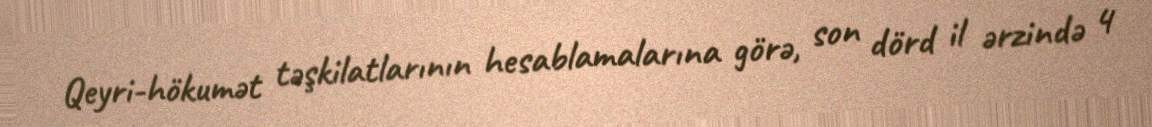
Qeyri-hökumət təşkilatlarının hesablamalarına görə, son dörd il ərzində 4